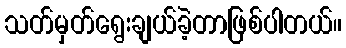
သတ်မှတ်ရွေးချယ်ခဲ့တာဖြစ်ပါတယ်။